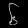
Digit: ၆